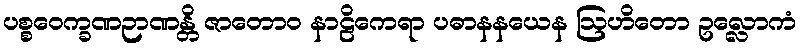
ပစ္စဝေက္ခဏဉာဏန္တိ ဇာတောဝ နာဠိကေရာ ပဓာနနယေန ဩဟိတော ဥလ္လောကံ